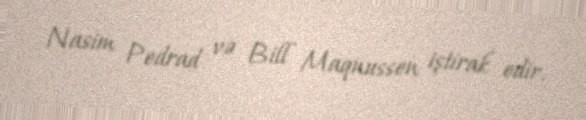
Nasim Pedrad və Bill Maqnussen iştirak edir.